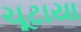
ચૂટાયા